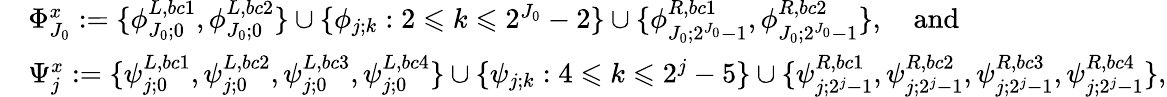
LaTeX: \begin{array}{rl}&{\Phi_{J_{0}}^{x}:=\{ \phi_{J_{0};0}^{L,bc1},\phi_{J_{0};0}^{L,bc2}\} \cup\{ \phi_{j;k}:2\leqslant k\leqslant 2^{J_{0}}-2\} \cup\{ \phi_{J_{0};2^{J_{0}}-1}^{R,bc1},\phi_{J_{0};2^{J_{0}}-1}^{R,bc2}\} ,\quad\mathrm{and}}\\ &{\Psi_{j}^{x}:=\{ \psi_{j;0}^{L,bc1},\psi_{j;0}^{L,bc2},\psi_{j;0}^{L,bc3},\psi_{j;0}^{L,bc4}\} \cup\{ \psi_{j;k}:4\leqslant k\leqslant 2^{j}-5\} \cup\{ \psi_{j;2^{j}-1}^{R,bc1},\psi_{j;2^{j}-1}^{R,bc2},\psi_{j;2^{j}-1}^{R,bc3},\psi_{j;2^{j}-1}^{R,bc4}\} ,}\end{array}